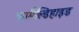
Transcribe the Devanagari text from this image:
फामैंल्डिहाइड